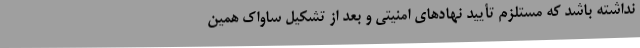
نداشته باشد که مستلزم تأیید نهادهای امنیتی و بعد از تشکیل ساواک همین